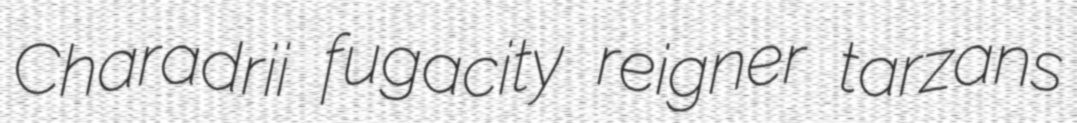
Charadrii fugacity reigner tarzans